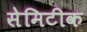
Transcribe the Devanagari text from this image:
सेमिटीक